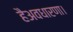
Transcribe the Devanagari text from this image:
हैअवधारणा।